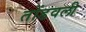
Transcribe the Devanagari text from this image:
तोंडवली